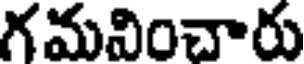
గమవించారు